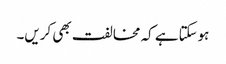
ہوسکتاہے کہ مخالفت بھی کریں۔